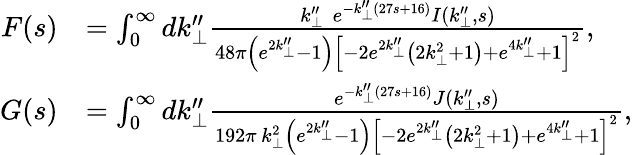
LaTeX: \begin{array}{rl}{F(s)}&{=\int_{0}^{\infty}dk_{\perp}^{\prime\prime}\frac{k_{\perp}^{\prime\prime}\, \, e^{-k_{\perp}^{\prime\prime}(27s+16)}I(k_{\perp}^{\prime\prime},s)}{48\pi\left(e^{2k_{\perp}^{\prime\prime}}-1\right)\left[-2e^{2k_{\perp}^{\prime\prime}}\left(2k_{\perp}^{2}+1\right)+e^{4k_{\perp}^{\prime\prime}}+1\right]^{2}},}\\ {G(s)}&{=\int_{0}^{\infty}dk_{\perp}^{\prime\prime}\frac{e^{-k_{\perp}^{\prime\prime}(27s+16)}J(k_{\perp}^{\prime\prime},s)}{192\pi\, k_{\perp}^{2}\left(e^{2k_{\perp}^{\prime\prime}}-1\right)\left[-2e^{2k_{\perp}^{\prime\prime}}\left(2k_{\perp}^{2}+1\right)+e^{4k_{\perp}^{\prime\prime}}+1\right]^{2}},}\end{array}